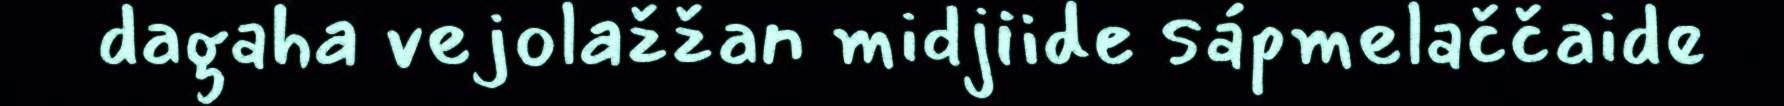
dagaha vejolažžan midjiide sápmelaččaide